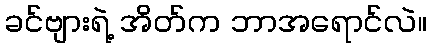
ခင်ဗျားရဲ့ အိတ်က ဘာအရောင်လဲ။